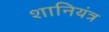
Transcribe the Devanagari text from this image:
शानियंत्र